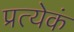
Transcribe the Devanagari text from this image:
प्रत्येकं